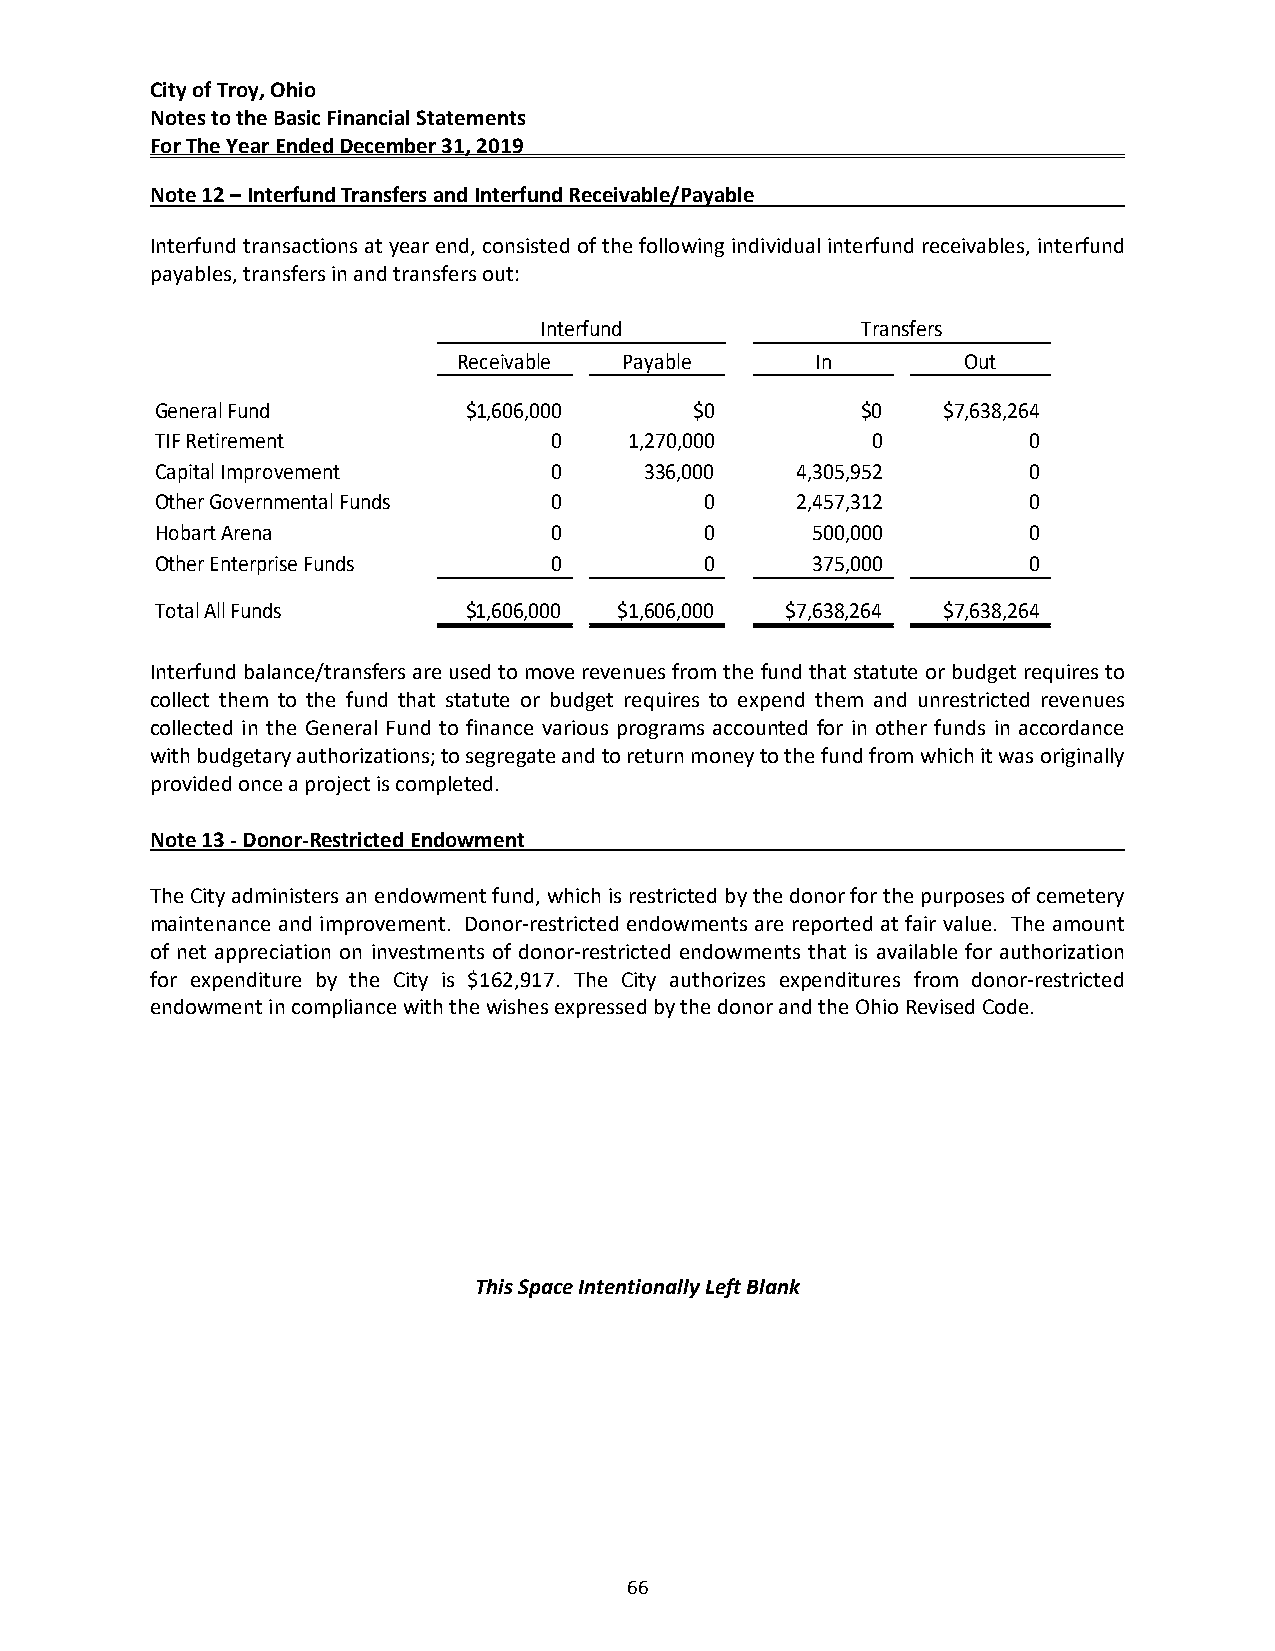
City of Troy, Ohio
 Notes to the Basic Financial Statements
 For The Year Ended December 31, 2019
 Note 12 – Interfund Transfers and Interfund Receivable/Payable
 Interfund transactions at year end, consisted of the following individual interfund receivables, interfund
 payables, transfers in and transfers out:
 Interfund            Transfers
 Receivable Payable      In        Out
 General Fund         $1,606,000     $0         $0   $7,638,264
 TIF Retirement            0     1,270,000       0         0
 Capital Improvement       0      336,000   4,305,952      0
 Other Governmental Funds  0          0     2,457,312      0
 Hobart Arena              0          0      500,000       0
 Other Enterprise Funds    0          0      375,000       0
 Total All Funds      $1,606,000 $1,606,000 $7,638,264 $7,638,264
 Interfund balance/transfers are used to move revenues from the fund that statute or budget requires to
 collect them to the fund that statute or budget requires to expend them and unrestricted revenues
 collected in the General Fund to finance various programs accounted for in other funds in accordance
 with budgetary authorizations; to segregate and to return money to the fund from which it was originally
 provided once a project is completed.
 Note 13 ‐ Donor‐Restricted Endowment
 The City administers an endowment fund, which is restricted by the donor for the purposes of cemetery
 maintenance and improvement. Donor‐restricted endowments are reported at fair value. The amount
 of net appreciation on investments of donor‐restricted endowments that is available for authorization
 for expenditure by the City is $162,917. The City authorizes expenditures from donor‐restricted
 endowment in compliance with the wishes expressed by the donor and the Ohio Revised Code.
 This Space Intentionally Left Blank
 66